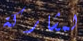
لمشاركة